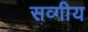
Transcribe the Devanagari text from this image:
सव्गीय